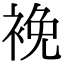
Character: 𧚇